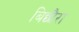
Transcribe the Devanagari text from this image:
बिछौरा